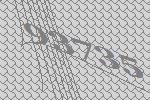
93735